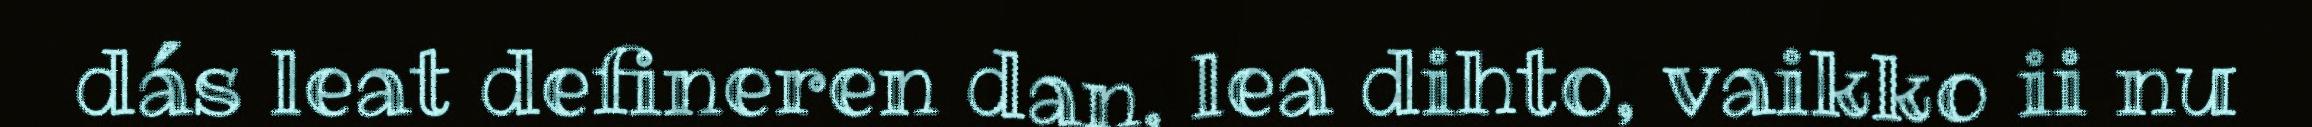
dás leat defineren dan, lea dihto, vaikko ii nu